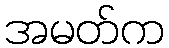
အမတ်က